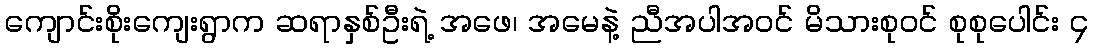
ကျောင်းစိုးကျေးရွာက ဆရာနှစ်ဦးရဲ့ အဖေ၊ အမေနဲ့ ညီအပါအဝင် မိသားစုဝင် စုစုပေါင်း ၄